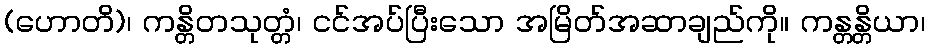
(ဟောတိ)၊ ကန္တိတသုတ္တံ၊ ငင်အပ်ပြီးသော အမြိတ်အဆာချည်ကို။ ကန္တန္တိယာ၊